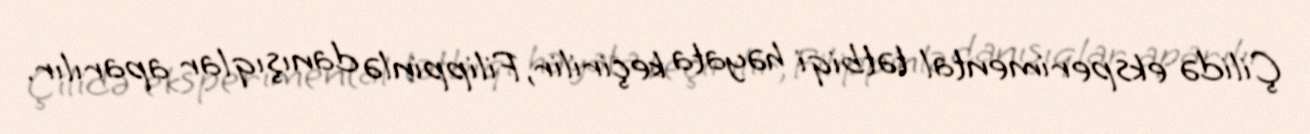
Çilidə eksperimental tətbiqi həyata keçirilir, Filippinlə danışıqlar aparılır.